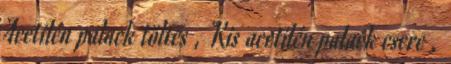
Acetilén palack töltés , Kis acetilén palack csere ,